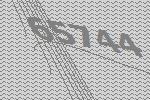
65744